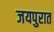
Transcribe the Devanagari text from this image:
जयपुरात